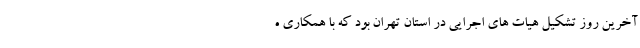
آخرین روز تشکیل هیات های اجرایی در استان تهران بود که با همکاری ه